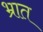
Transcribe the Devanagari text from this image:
भ्रात